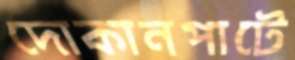
দোকানপাটে